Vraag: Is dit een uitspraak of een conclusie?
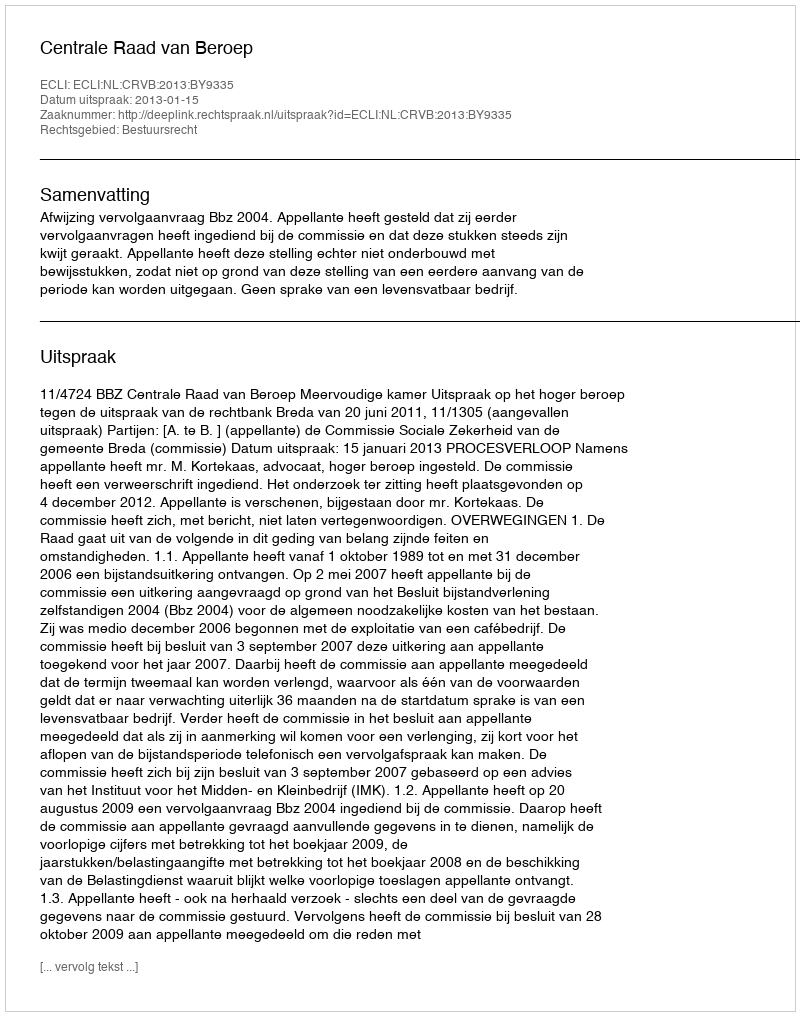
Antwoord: Uitspraak